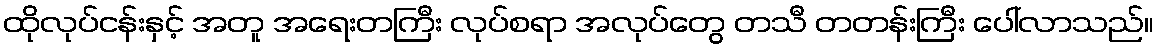
ထိုလုပ်ငန်းနှင့် အတူ အရေးတကြီး လုပ်စရာ အလုပ်တွေ တသီ တတန်းကြီး ပေါ်လာသည်။